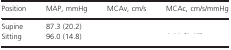
<table><thead><tr><td><b>Position</b></td><td><b>MAP, mmHg</b></td><td><b>MCAv, cm/s</b></td><td><b>MCAc, cm/s/mmHg</b></td></tr></thead><tbody><tr><td>Supine</td><td>87.3 (20.2)</td><td>[EMPTY_CELL]</td><td>[EMPTY_CELL]</td></tr><tr><td>Sitting</td><td>96.0 (14.8)</td><td>[EMPTY_CELL]</td><td>[EMPTY_CELL]</td></tr></tbody></table>